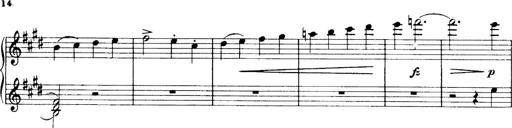
Title: 3 Sonatinas, Op.67
Composer: Jean Sibelius